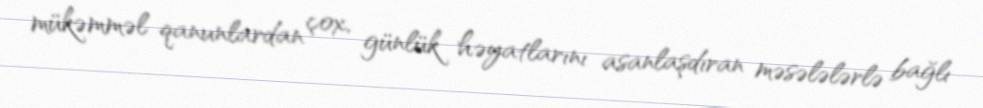
mükəmməl qanunlardan çox, günlük həyatlarını asanlaşdıran məsələlərlə bağlı